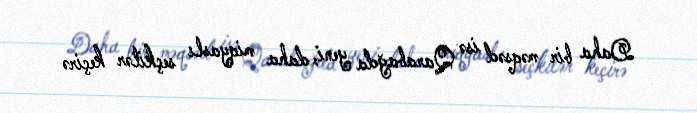
Daha bir məqsəd isə Qarabağda yeni, daha miqyaslı seçkilər keçirə